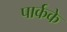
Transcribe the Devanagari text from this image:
पार्कके